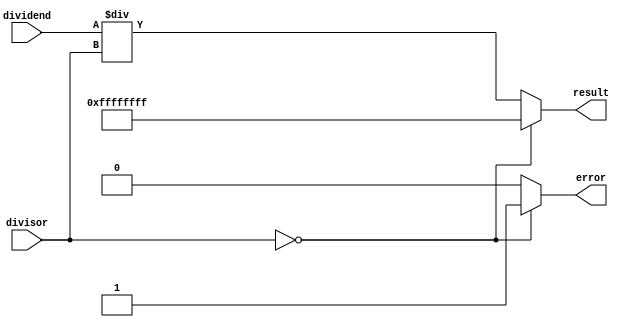
module Divider (
    input [31:0] dividend,
    input [31:0] divisor,
    output reg [31:0] result,
    output reg error
);

always @(dividend, divisor) begin
    if(divisor == 0) begin
        result <= 32'hFFFFFFFF; // Special output value (infinity)
        error <= 1'b1; // Trigger error condition
    end else begin
        result <= dividend / divisor; // Perform division
        error <= 1'b0; // No error
    end
end

endmodule